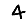
Digit: 4